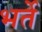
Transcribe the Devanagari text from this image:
भर्ते